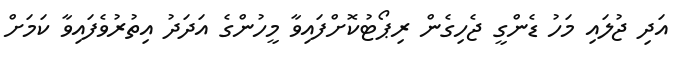
އަދި ޖުލައި މަހު ޑެންގީ ޖެހިގެން ރިޕޯޓުކޮށްފައިވާ މީހުންގެ އަދަދު އިތުރުވެފައިވާ ކަމަށް